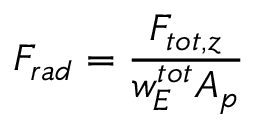
F _ { r a d } = \frac { F _ { t o t , z } } { w _ { E } ^ { t o t } A _ { p } }